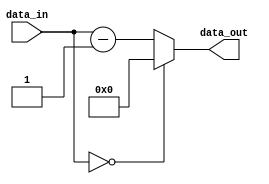
module dec (
  data_in,
  data_out
);

// Parameter definition
parameter DATA_WIDTH = 4;

// Input and output definition
input [DATA_WIDTH-1:0] data_in;
output [DATA_WIDTH-1:0] data_out;

wire [DATA_WIDTH-1:0] data_wire;

// Combinational logic
always @ ( * ) begin
  if(data_in == 0)
    data_wire = 0;
  else
    data_wire = data_in - 1;
end

assign data_out = data_wire;

endmodule